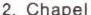
2. Chapel